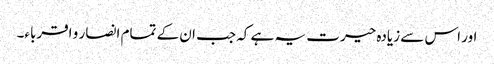
اور اس سے زیادہ حیرت یہ ہے کہ جب ان کے تمام انصار و اقرباء۔